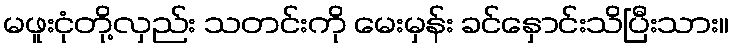
မဖူးငုံတို့လှည်း သတင်းကို မေးမှန်း ခင်နှောင်းသိပြီးသား။